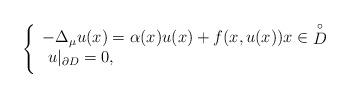
LaTeX: \begin{align*}\left\{\begin{array}{l}-\Delta_{\mu} u(x)=\alpha(x)u(x)+ f(x,u(x))x \in \mathop D\limits^ \circ\\\medskip\,\, u|_{\partial D}=0,\\\end{array}\right.\end{align*}